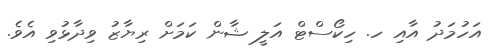
އަހުމަދު އާއި ހ. ހިކޯސްޓް އަލީ ޝާން ކަމަށް ރިޔާޒު ވިދާޅުވި އެވެ.